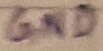
Text: GD